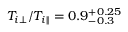
T _ { i \perp } / T _ { i \parallel } = 0 . 9 _ { - 0 . 3 } ^ { + 0 . 2 5 }